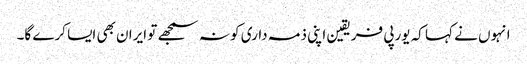
انہوں نے کہا کہ یورپی فریقین اپنی ذمہ داری کو نہ سمجھے تو ایران بھی ایسا کرے گا۔